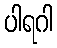
ပါရဂါ